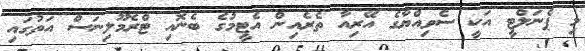
މި ޕެނަލްޓީ އަކީ ސެވިއްޔާގެ އޭރިއާ ތެރެއިން އެޓީމުގެ ބެނޮއި ޓްރެމޫލިނަސް އަތުގައި